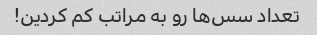
تعداد سس‌ها رو به مراتب کم کردین!